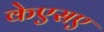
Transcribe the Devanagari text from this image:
केएसए